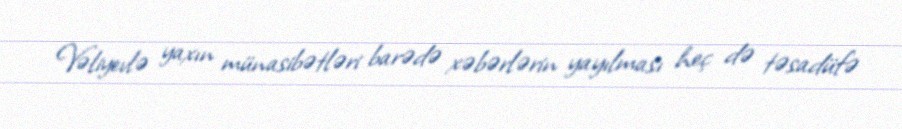
Vəliyevlə yaxın münasibətləri barədə xəbərlərin yayılması heç də təsadüfə